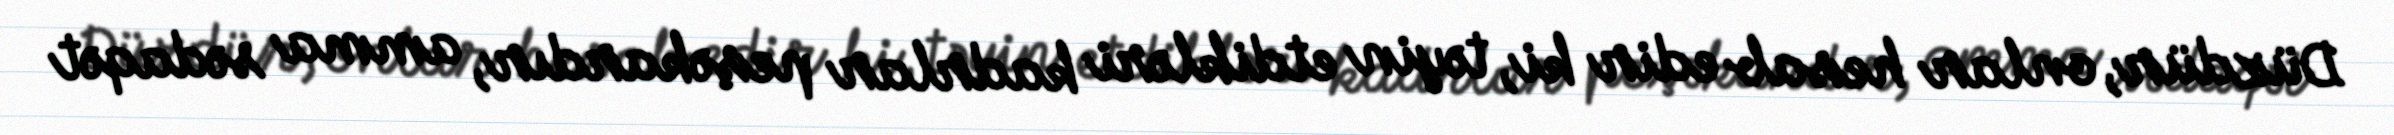
Düzdür, onlar hesab edir ki, təyin etdikləri kadrlar peşəkardır, amma sədaqət